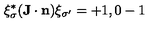
\xi _ { \sigma } ^ { * } ( { \bf J } \cdot { \bf n } ) \xi _ { \sigma ^ { \prime } } = + 1 , 0 - 1